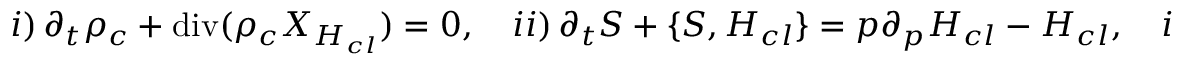
\begin{array} { r } { i ) \, \partial _ { t } \rho _ { c } + \operatorname { d i v } ( \rho _ { c } { X } _ { H _ { c l } } ) = 0 , \quad i i ) \, \partial _ { t } S + \{ S , H _ { c l } \} = p \partial _ { p } H _ { c l } - H _ { c l } , \quad i i i ) \, \widehat H _ { e } \phi = E \phi , } \end{array}